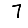
Digit: 7